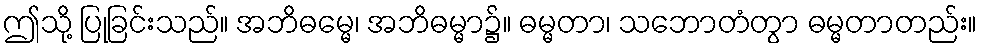
ဤသို့ ပြုခြင်းသည်။ အဘိဓမ္မေ၊ အဘိဓမ္မာ၌။ ဓမ္မတာ၊ သဘောတံတွာ ဓမ္မတာတည်း။